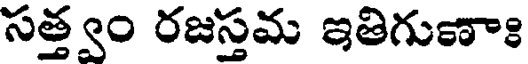
సత్త్వం రజస్తమ ఇతిగుణాః